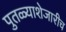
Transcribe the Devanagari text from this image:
पुतळ्याशेजारीच